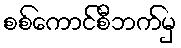
စစ်ကောင်စီဘက်မှ